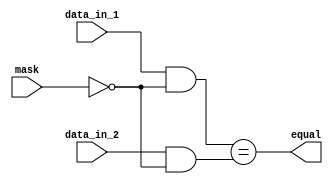
module masked_comparator (
    input [7:0] data_in_1,
    input [7:0] data_in_2,
    input [7:0] mask,
    output reg equal
);

reg [7:0] masked_data_in_1;
reg [7:0] masked_data_in_2;

// Apply mask to input data
always @(*) begin
    masked_data_in_1 = data_in_1 & ~mask;
    masked_data_in_2 = data_in_2 & ~mask;
end

// Compare masked inputs
always @(*) begin
    equal = (masked_data_in_1 == masked_data_in_2);
end

endmodule